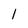
Character: l